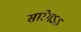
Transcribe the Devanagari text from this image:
सारेगऽऽ